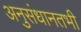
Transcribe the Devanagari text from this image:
अनुसंधानतभी